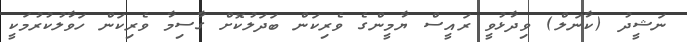
ނަޝީދު (ކާނަލް) ވިދާޅުވީ ރައީސް ޔާމީންގެ ވެރިކަން ބަދަލުކޮށް ގާސިމާ ވެރިކަން ހަވާލުކުރުމަކީ